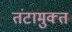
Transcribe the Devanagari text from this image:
तंटामुक्‍त